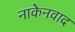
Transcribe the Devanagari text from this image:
नाकेनवाद